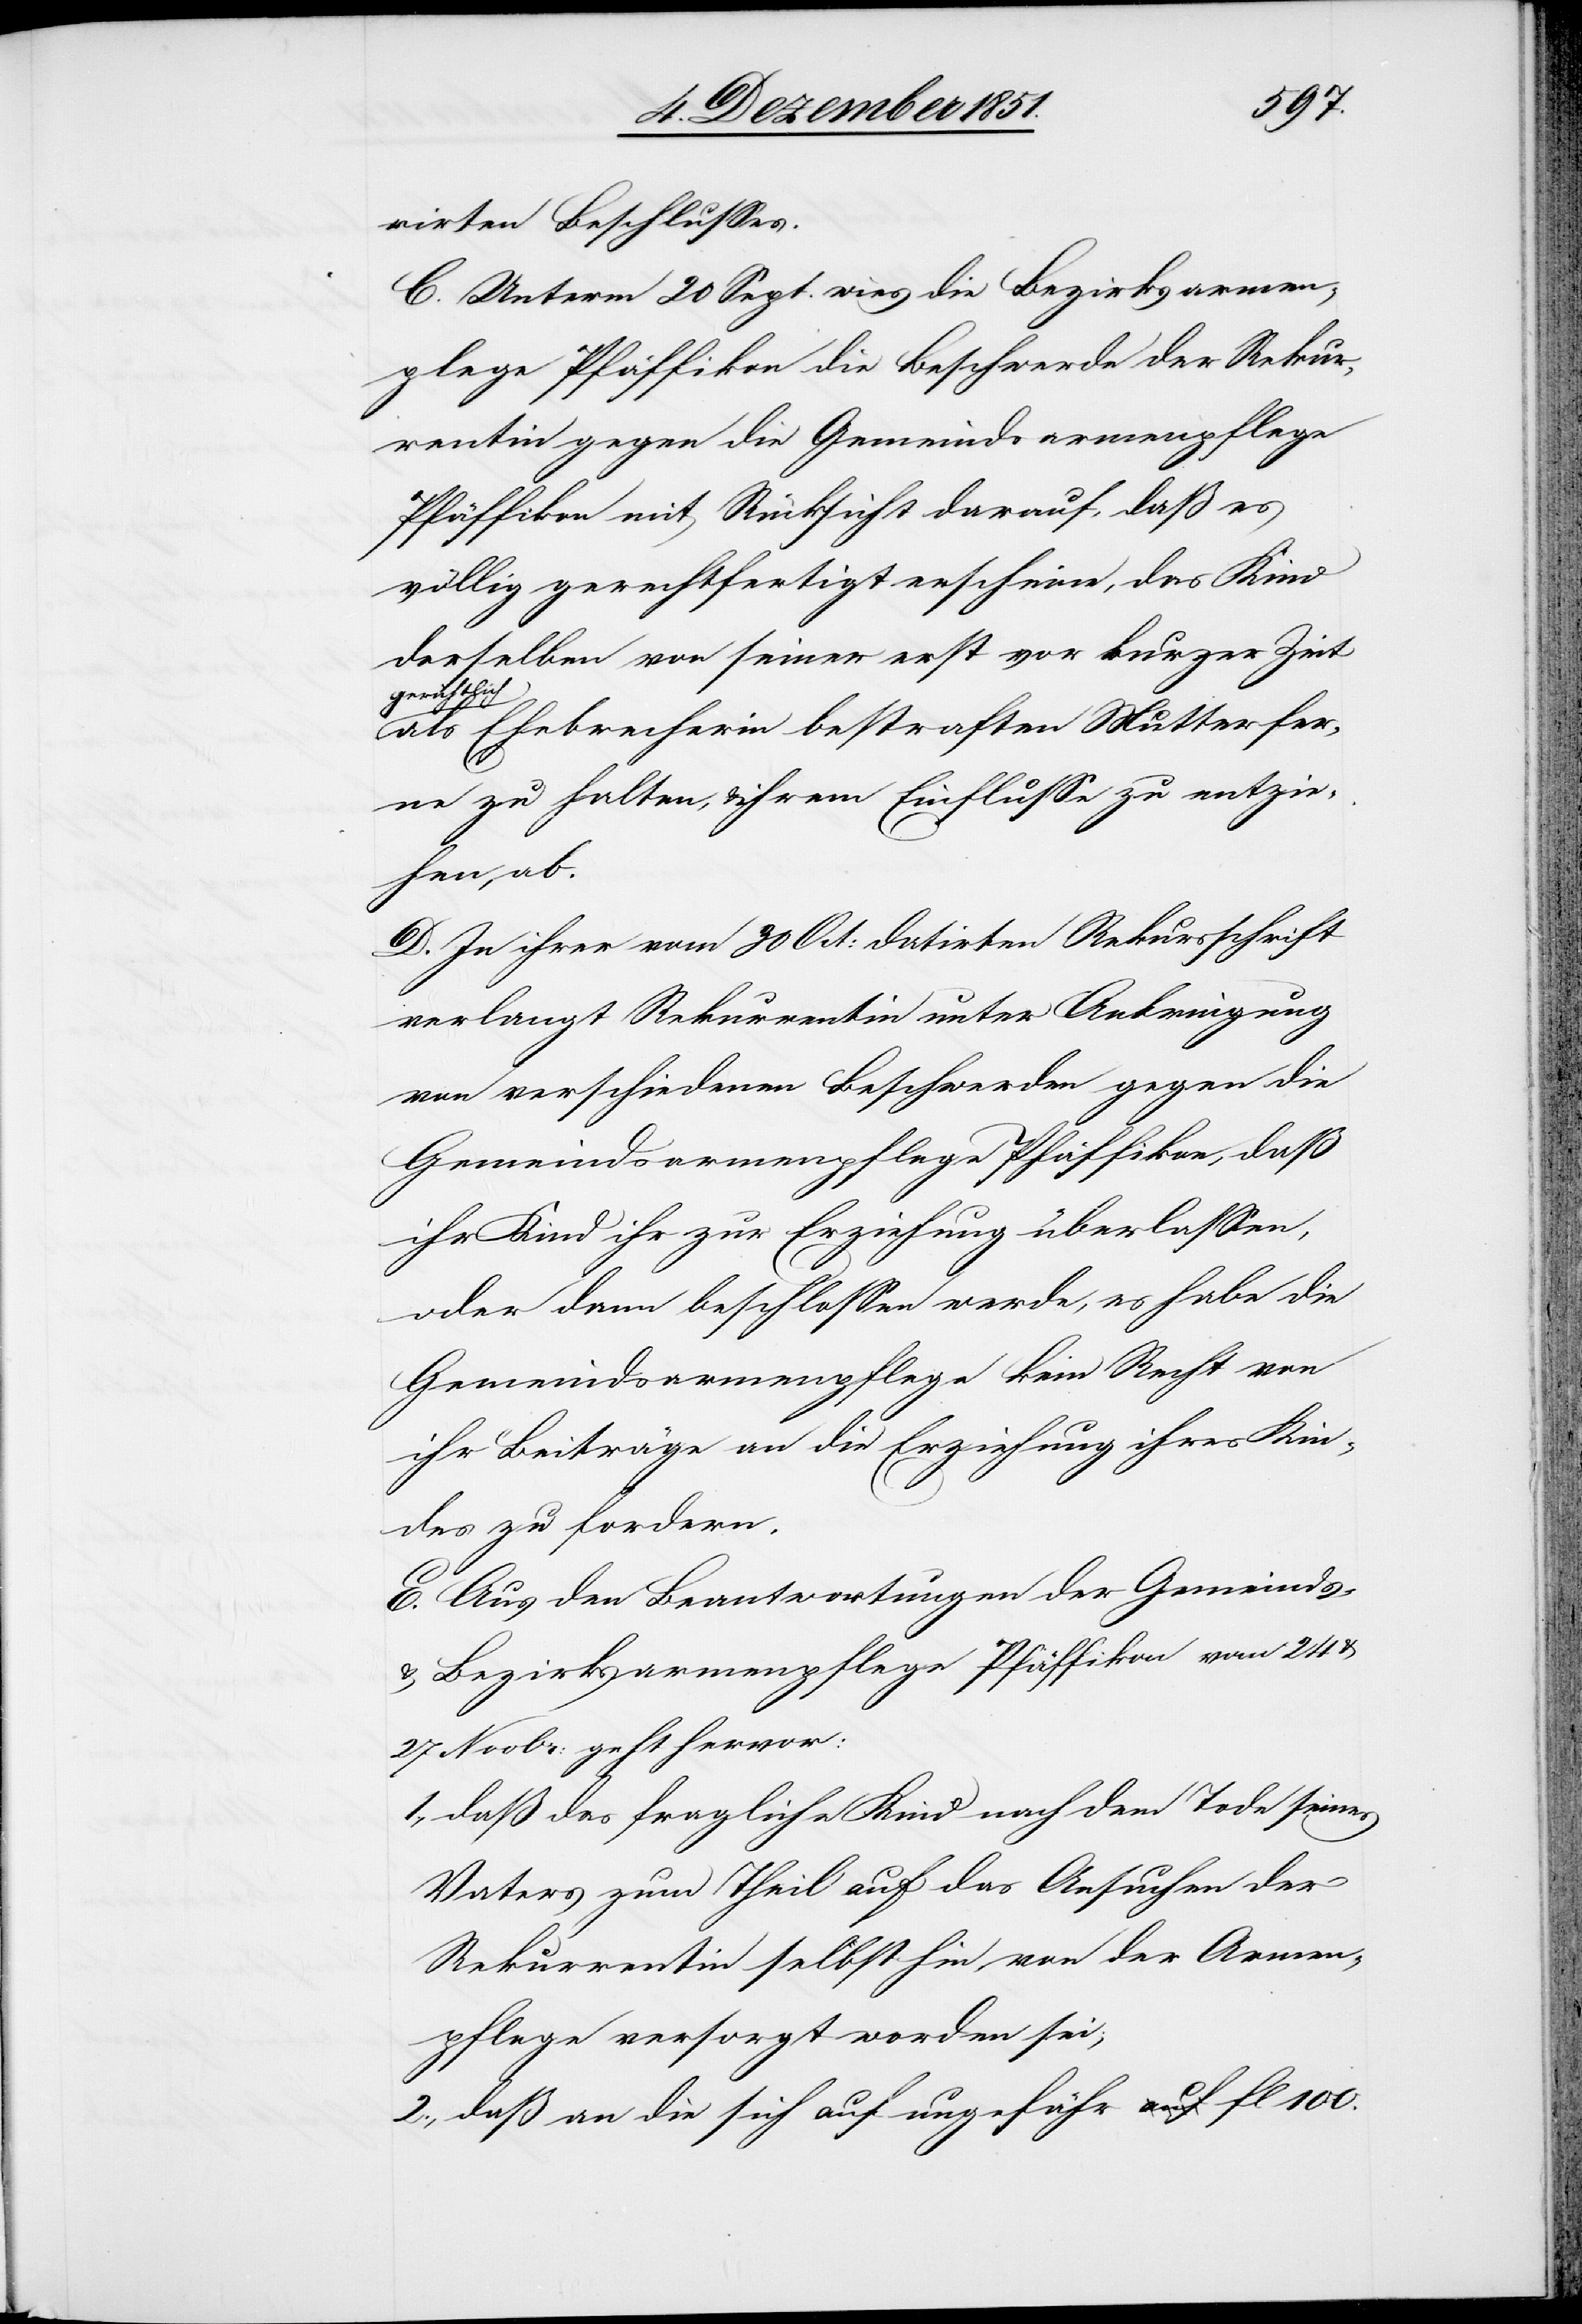
rirten Beschlusses.
C. Unterm 20 Sept. wies die Bezirksarmen¬
p[f]lege Pfäffikon die Beschwerde der Rekur¬
rentin gegen die Gemeindsarmenpflege
Pfäffikon mit Rücksicht darauf, daß es
völlig gerechtfertigt erscheine, das Kind
derselben von seiner erst vor kurzer Zeit
gerichtlich
als Ehebrecherin bestraften Mutter fer¬
ne zu halten, & ihrem Einflusse zu entzie¬
hen, ab.
D. In ihrer vom 30 Oct: datirten Rekursschrift
verlangt Rekurrentin unter Anbringung
von verschiedenen Beschwerden gegen die
Gemeindsarmenpflege Pfäffikon, daß
ihr Kind ihr zur Erziehung überlassen,
oder dann beschlossen werde, es habe die
Gemeindsarmenpflege kein Recht von
ihr Beiträge an die Erziehung ihres Kin¬
des zu fordern.
E. Aus den Beantwortungen der Gemeinds-
& Bezirksarmenpflege Pfäffikon vom 24
27 Novbr: geht hervor:
daß das fragliche Kind nach dem Tode seines
Vaters zum Theil auf das Ansuchen der
Rekurrentin selbst hin, von der Armen¬
pflege versorgt worden sei;
daß an die sich auf ungefähr fl 100.